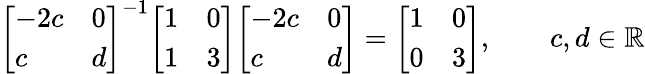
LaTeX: {\left[\begin{array}{ll}{-2c}&{0}\\ {c}&{d}\end{array}\right]}^{-1}{\left[\begin{array}{ll}{1}&{0}\\ {1}&{3}\end{array}\right]}{\left[\begin{array}{ll}{-2c}&{0}\\ {c}&{d}\end{array}\right]}={\left[\begin{array}{ll}{1}&{0}\\ {0}&{3}\end{array}\right]},\qquad c,d\in\mathbb{R}